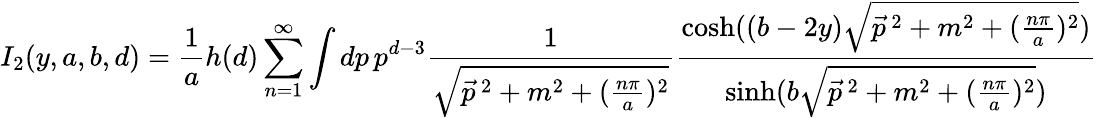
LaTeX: I_{2}(y,a,b,d)=\frac{1}{a}h(d)\sum_{n=1}^{\infty}\int dp\, p^{d-3}\frac{1}{\sqrt{\vec{p}^{\, 2}+m^{2}+(\frac{n\pi}{a})^{2}}}\frac{\cosh((b-2y)\sqrt{\vec{p}^{\, 2}+m^{2}+(\frac{n\pi}{a})^{2}})}{\sinh(b\sqrt{\vec{p}^{\, 2}+m^{2}+(\frac{n\pi}{a})^{2}})}